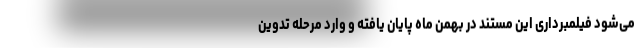
می‌شود فیلمبرداری این مستند در بهمن ماه پایان یافته و وارد مرحله تدوین